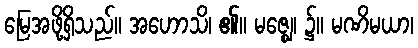
မြေအဖို့ရှိသည်။ အဟောသိ၊ ၏။ မဇ္ဈေ၊ ၌။ မဏိမယာ၊